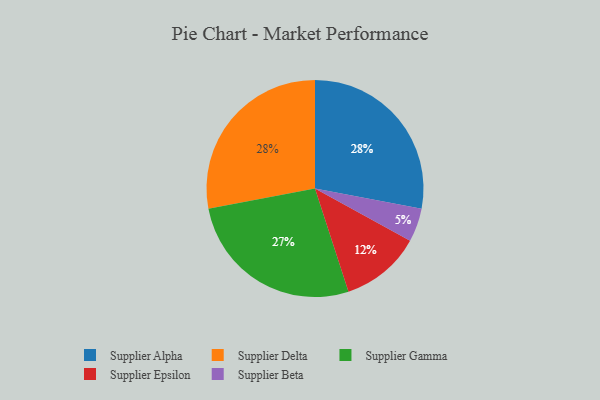
{"axis": {"x": "Category", "y": "Percentage"}, "legend": ["Supplier Alpha", "Supplier Beta", "Supplier Delta", "Supplier Epsilon", "Supplier Gamma"], "data": [{"x": "Supplier Gamma", "y": 27, "type": "Supplier Gamma"}, {"x": "Supplier Alpha", "y": 28, "type": "Supplier Alpha"}, {"x": "Supplier Delta", "y": 28, "type": "Supplier Delta"}, {"x": "Supplier Beta", "y": 5, "type": "Supplier Beta"}, {"x": "Supplier Epsilon", "y": 12, "type": "Supplier Epsilon"}]}